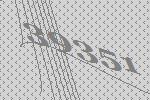
39351